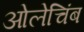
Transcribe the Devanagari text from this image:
ओलेचिंब